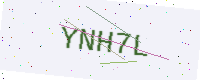
Text: YNH7L